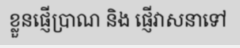
ខ្លួនផ្ញើប្រាណ និង ផ្ញើវាសនាទៅ